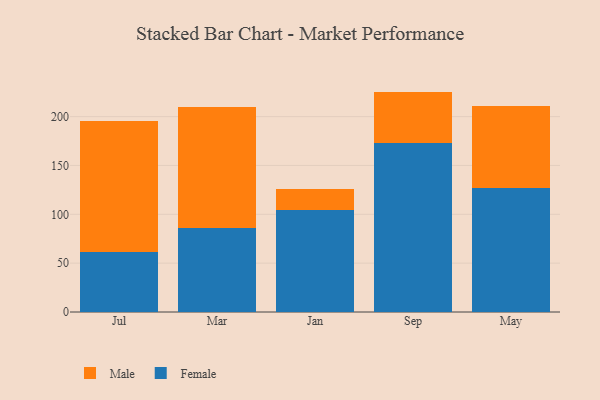
{"axis": {"x": "Month", "y": "Customer Acquisition Cost (USD)"}, "legend": ["Female", "Male"], "data": [{"x": "Jul", "y": 61.0, "type": "Female"}, {"x": "Jul", "y": 134.2, "type": "Male"}, {"x": "Mar", "y": 85.8, "type": "Female"}, {"x": "Mar", "y": 123.9, "type": "Male"}, {"x": "Jan", "y": 104.0, "type": "Female"}, {"x": "Jan", "y": 21.7, "type": "Male"}, {"x": "Sep", "y": 172.7, "type": "Female"}, {"x": "Sep", "y": 52.9, "type": "Male"}, {"x": "May", "y": 126.6, "type": "Female"}, {"x": "May", "y": 83.9, "type": "Male"}]}